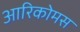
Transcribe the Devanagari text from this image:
आरिकोमस